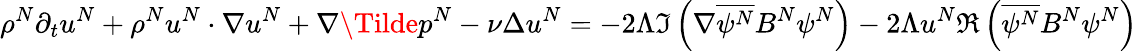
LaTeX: \rho^{N}\partial_{t}u^{N}+\rho^{N}u^{N}\cdot\nabla u^{N}+\nabla\Tilde{p}^{N}-\nu\Delta u^{N}=-2\Lambda\Im\left(\nabla\overline{{\psi^{N}}}B^{N}\psi^{N}\right)-2\Lambda u^{N}\Re\left(\overline{{\psi^{N}}}B^{N}\psi^{N}\right)